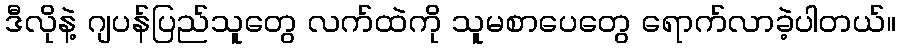
ဒီလိုနဲ့ ဂျပန်ပြည်သူတွေ လက်ထဲကို သူမစာပေတွေ ရောက်လာခဲ့ပါတယ်။